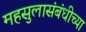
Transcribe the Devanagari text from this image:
महसुलासंबंधीच्या